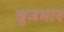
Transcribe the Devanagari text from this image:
बृजभार